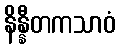
နိန္နီတကသာဝံ